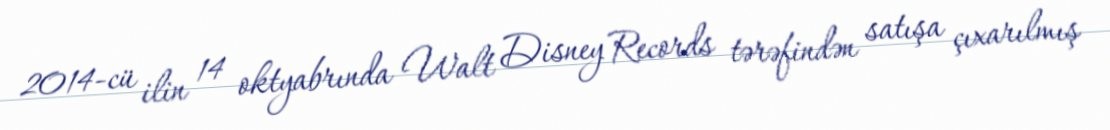
2014-cü ilin 14 oktyabrında Walt Disney Records tərəfindən satışa çıxarılmış